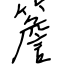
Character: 簷